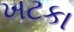
ખટકા